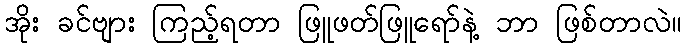
အိုး ခင်ဗျား ကြည့်ရတာ ဖြူဖတ်ဖြူရော်နဲ့ ဘာ ဖြစ်တာလဲ။